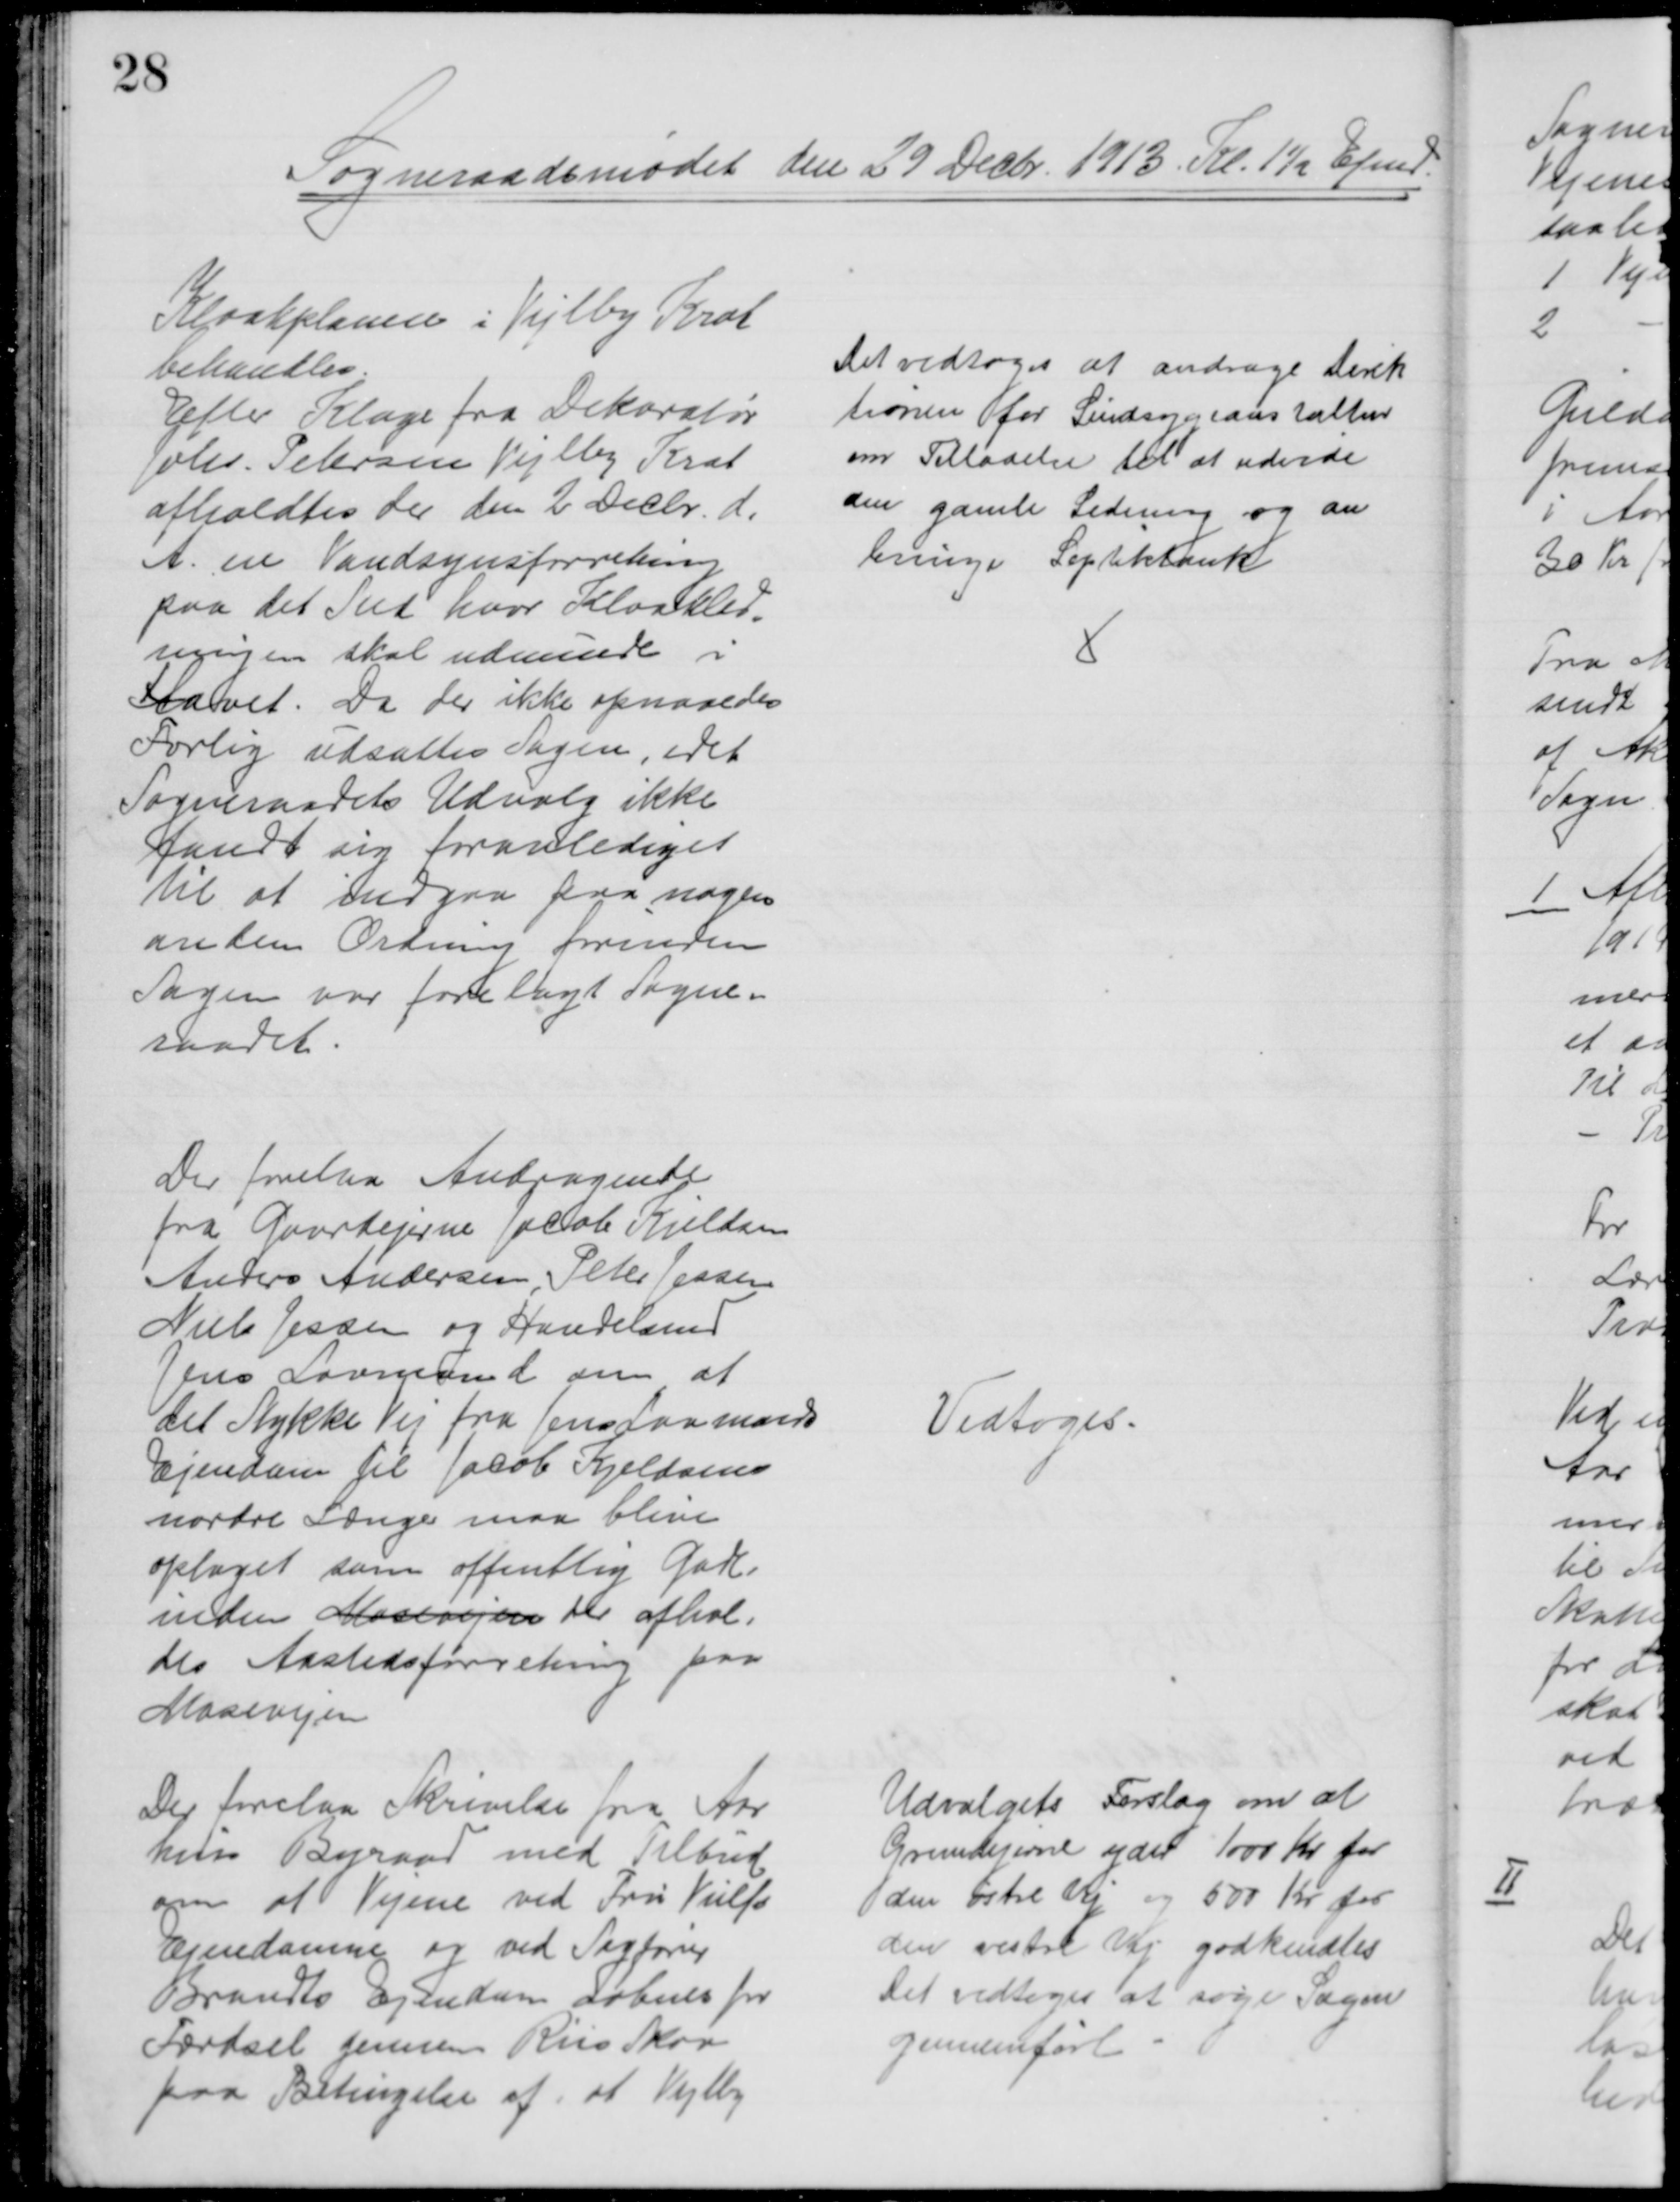
Transskription:
Sogneraadsmødet den 29 Decbr. 1913. Kl. 1½ Efmd.
Kloakplanen i Vejlby Krat
behandles.
Efter Klage fra Dekoratør
Johs. Petersen Vejlby Krat
afholdtes der den 2 Decbr. d. 
A. en Vandsynsforretning
paa det Sted hvor Kloakled=
ningen skal udmunde i
Havet. Da der ikke opnaaedes
Forlig udsattes Sagen, idet
Sogneraadets Udvalg ikke
fandt sig foranlediget
til at indgaa paa nogen
anden Ordning forinden
Sagen var forelagt Sogne-
raadet.
Det vedtoges at andrage Direk
tionen for Sindsygeanstalten
om Tilladelse til at udvide
den gamle Ledning og an
bringe Septiktank
Der forelaa Andragende
fra Gaardejerne Jacob Kjeldsen
Anders Andersen, Peter Jessen
Niels Jessen og Handelsmd
Jens Lovmand om at
det Stykke Vej fra Jens Lovmands
Ejendom til Jacob Kjeldsens
nordre Længe maa blive
optaget som offentlig Gade -
inden Mosevejen der afhol=
des Aastedsforretning paa
Mosevejen
Vedtoges.
Der forelaa Skrivelse fra Aar
hus Byraad med Tilbud
om at Vejene ved Fru Vulfs
Ejendomme og ved Sagfører
Brandts Ejendom aabnes for
Færdsel gennem Riis Skov
paa Betingelse af, at Vejlby
Udvalgets Forslag om at
Grundejerne yder 1000 Kr for
den østre Vej og 500 Kr for
den vestre Vej godkendtes
Det vedtoges at søge Sagen
gennemført